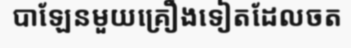
បាឡែនមួយគ្រឿងទៀតដែលចត